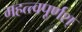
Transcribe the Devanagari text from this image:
महत्त्वपूर्णश्